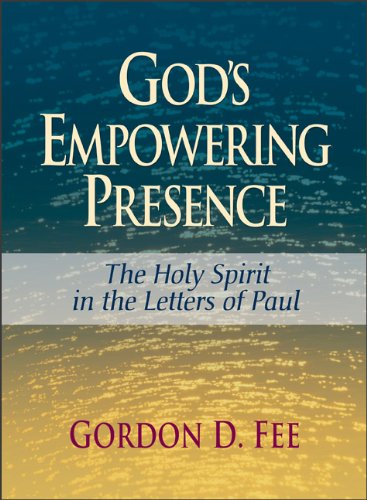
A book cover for God's Empowering Presence: The Holy Spirit in the Letters of Paul; Gordon D. Fee; Christian Books & Bibles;